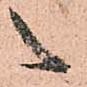
之